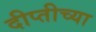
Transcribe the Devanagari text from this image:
दीप्तीच्या